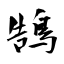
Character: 鵠